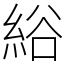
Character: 綌